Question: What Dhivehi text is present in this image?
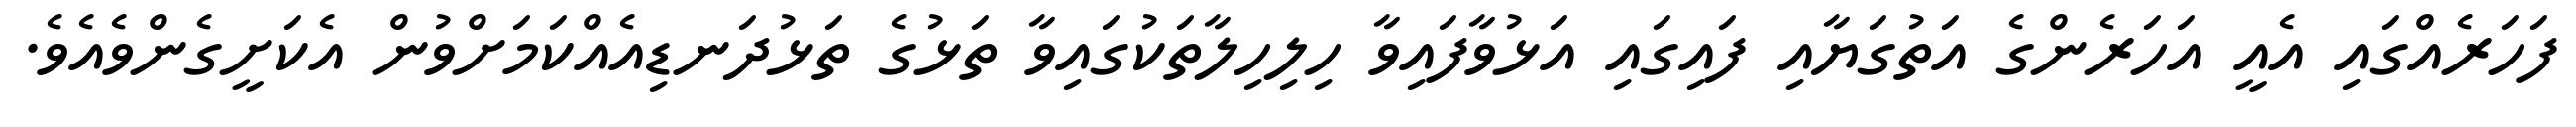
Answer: ފަހަރެއްގައި އެއީ އަހަރެންގެ އަތުގަޔާއި ފައިގައި އަޅުވާފައިވާ ހިލިހިލާތަކުގައިވާ ތަޅުގެ ތަޅުދަނޑިއެއްކަމަށްވުން އެކަށީގެންވެއެވެ.